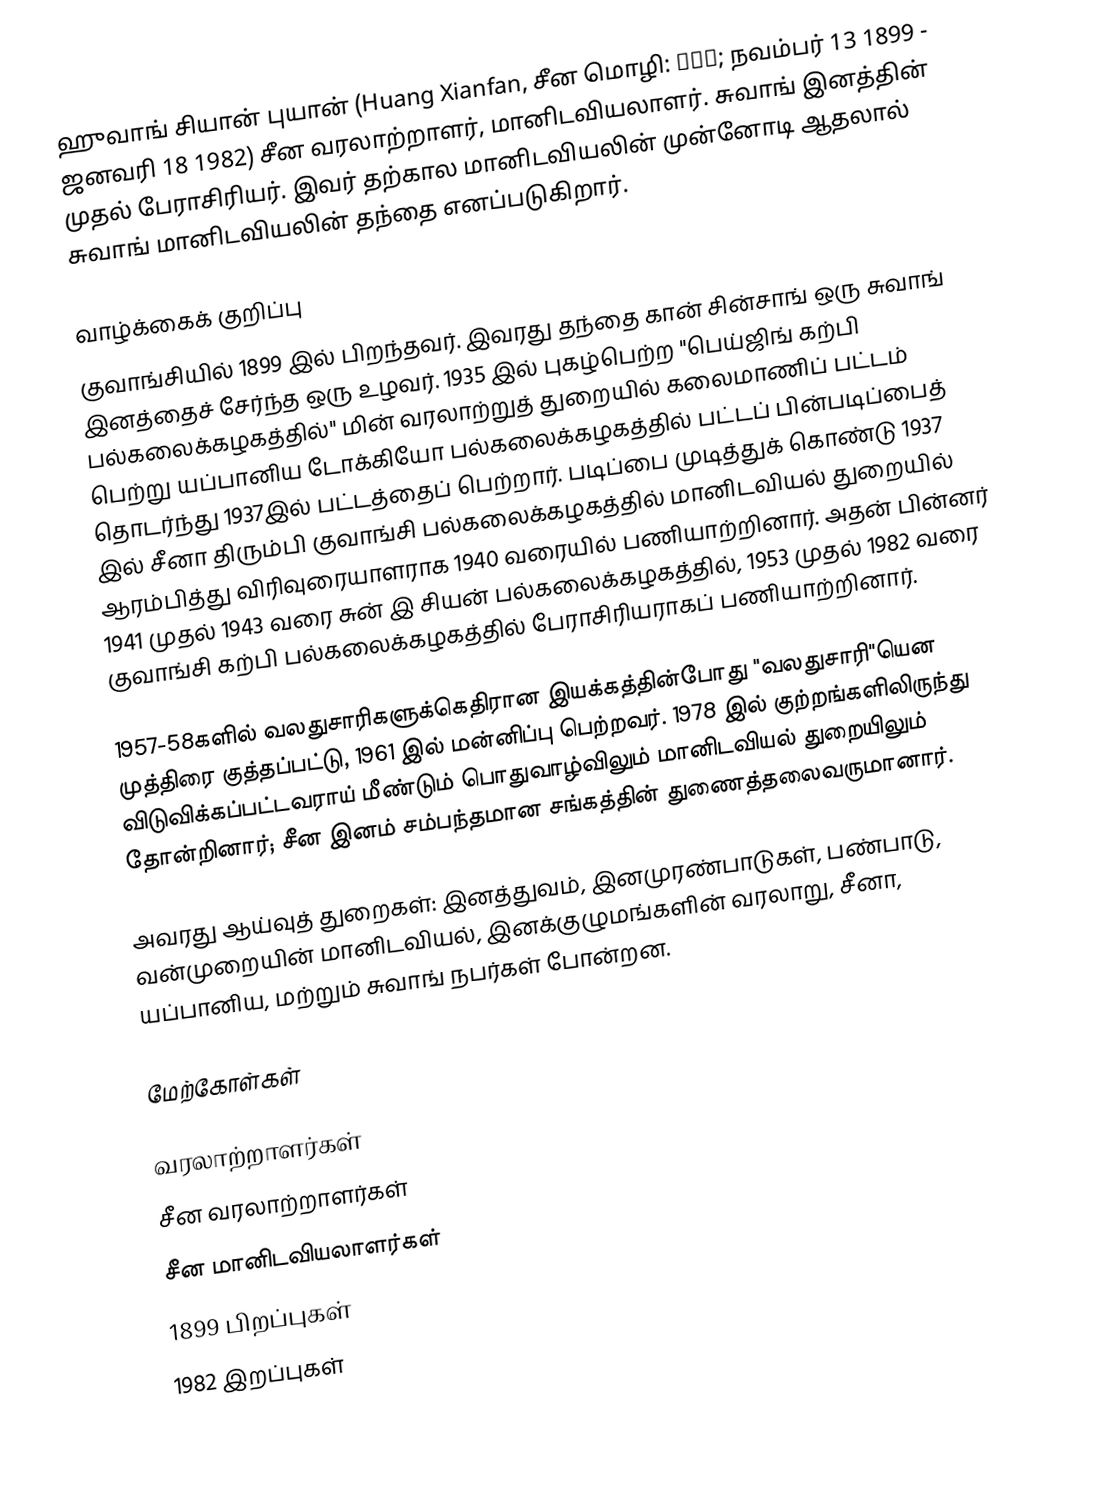
ஹுவாங் சியான் புயான் (Huang Xianfan, சீன மொழி: 黄现璠; நவம்பர் 13 1899 - ஜனவரி 18 1982) சீன வரலாற்றாளர், மானிடவியலாளர். சுவாங் இனத்தின் முதல் பேராசிரியர். இவர் தற்கால மானிடவியலின் முன்னோடி ஆதலால் சுவாங் மானிடவியலின் தந்தை எனப்படுகிறார்.

வாழ்க்கைக் குறிப்பு
குவாங்சியில் 1899 இல் பிறந்தவர். இவரது தந்தை கான் சின்சாங் ஒரு சுவாங் இனத்தைச் சேர்ந்த ஒரு உழவர். 1935 இல் புகழ்பெற்ற "பெய்ஜிங் கற்பி பல்கலைக்கழகத்தில்" மின் வரலாற்றுத் துறையில் கலைமாணிப் பட்டம் பெற்று யப்பானிய டோக்கியோ பல்கலைக்கழகத்தில் பட்டப் பின்படிப்பைத் தொடர்ந்து 1937இல் பட்டத்தைப் பெற்றார். படிப்பை முடித்துக் கொண்டு 1937 இல் சீனா திரும்பி குவாங்சி பல்கலைக்கழகத்தில் மானிடவியல் துறையில் ஆரம்பித்து விரிவுரையாளராக 1940 வரையில் பணியாற்றினார். அதன் பின்னர் 1941 முதல் 1943 வரை சுன் இ சியன் பல்கலைக்கழகத்தில், 1953 முதல் 1982 வரை குவாங்சி கற்பி பல்கலைக்கழகத்தில் பேராசிரியராகப் பணியாற்றினார்.

1957-58களில் வலதுசாரிகளுக்கெதிரான இயக்கத்தின்போது "வலதுசாரி"யென முத்திரை குத்தப்பட்டு, 1961 இல் மன்னிப்பு பெற்றவர். 1978 இல் குற்றங்களிலிருந்து விடுவிக்கப்பட்டவராய் மீண்டும் பொதுவாழ்விலும் மானிடவியல் துறையிலும் தோன்றினார்; சீன இனம் சம்பந்தமான சங்கத்தின் துணைத்தலைவருமானார்.

அவரது ஆய்வுத் துறைகள்: இனத்துவம், இனமுரண்பாடுகள், பண்பாடு, வன்முறையின் மானிடவியல், இனக்குழுமங்களின் வரலாறு, சீனா, யப்பானிய, மற்றும் சுவாங் நபர்கள் போன்றன.

மேற்கோள்கள்

வரலாற்றாளர்கள்
சீன வரலாற்றாளர்கள்
சீன மானிடவியலாளர்கள்
1899 பிறப்புகள்
1982 இறப்புகள்